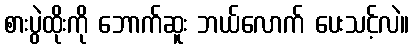
စားပွဲထိုးကို ဘောက်ဆူး ဘယ်လောက် ပေးသင့်လဲ။